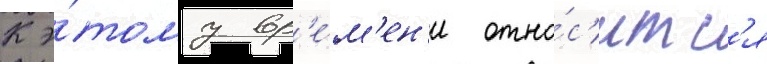
К э́тому вр'е́м'ен'и отно́с'итс'я